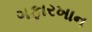
ગફારખાન